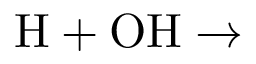
\mathrm { H + O H \rightarrow }